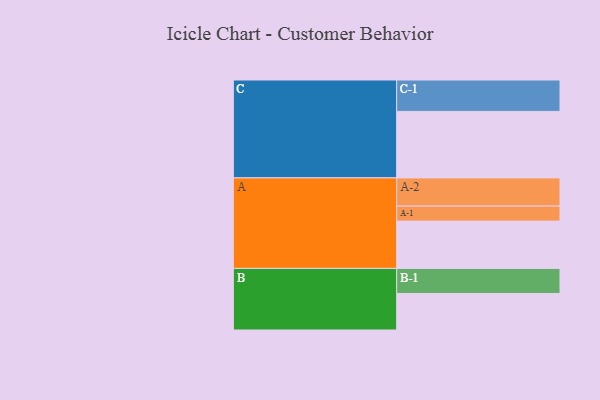
{"axis": {"x": "Segment", "y": "Value"}, "legend": ["", "A", "B", "C"], "data": [{"x": "A", "y": 396, "type": ""}, {"x": "B", "y": 306, "type": ""}, {"x": "C", "y": 557, "type": ""}, {"x": "A-1", "y": 126, "type": "A"}, {"x": "A-2", "y": 236, "type": "A"}, {"x": "B-1", "y": 210, "type": "B"}, {"x": "C-1", "y": 263, "type": "C"}]}